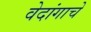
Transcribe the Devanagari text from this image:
वेदांगाचे